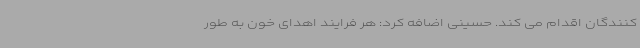
کنندگان اقدام می کند. حسینی اضافه کرد: هر فرایند اهدای خون به طور